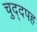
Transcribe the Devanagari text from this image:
चुद्दपह